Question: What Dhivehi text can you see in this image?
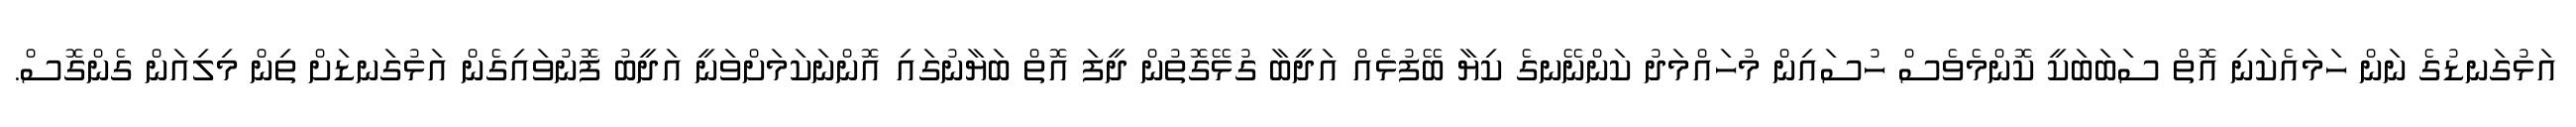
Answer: އަޅުގަނޑުގެ ނަން ހަމައެކަނި އޮތް ސަބަބަކީ ކޮންމެވެސް ހުސައިން މުހައްމަދު ކަންނޭނގެ ކިޔާ ބޭފުޅެއް އަދީބާ ގުޅޭގޮތުން ދީފަ އޮތް ބަޔާނުގައި އޮންނަކަމަށްވަނީ އަދީބު ފޮނުވައިގެން އަޅުގަނޑަށް ތިން މިލިއަން ގެންގޮސް.